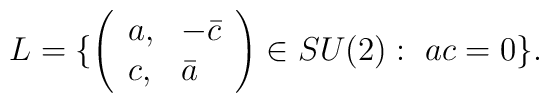
L=\{\left(\begin{array}{ll}a,&-\bar c\\c,&\bar a\end{array}\right)\in SU(2):\ ac=0\}.